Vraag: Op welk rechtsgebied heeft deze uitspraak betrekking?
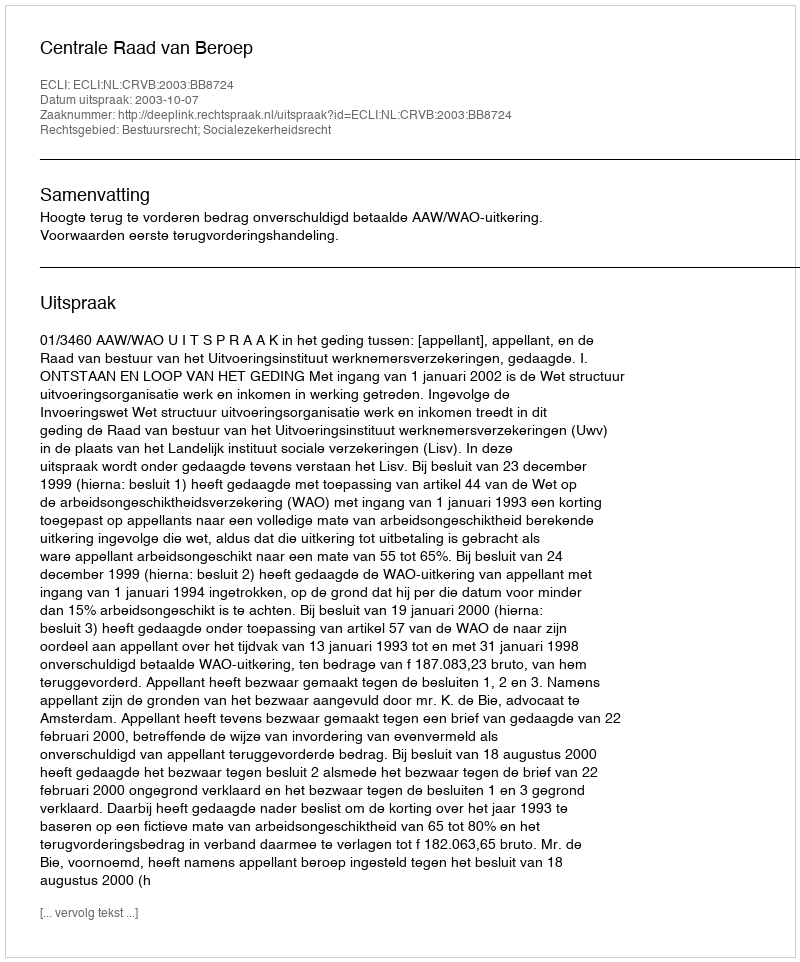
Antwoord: Bestuursrecht; Socialezekerheidsrecht